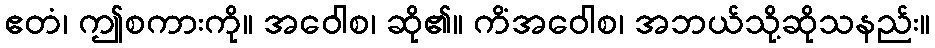
ဧတံ၊ ဤစကားကို။ အဝေါစ၊ ဆို၏။ ကိံအဝေါစ၊ အဘယ်သို့ဆိုသနည်း။